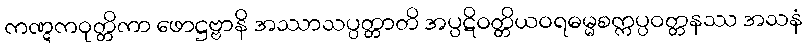
ကဏ္ဋကဝုတ္တိကာ ဖောဋ္ဌဗ္ဗာနိ အဿာသပ္ပတ္တာတိ အပ္ပဋိဝတ္တိယဝရဓမ္မစက္ကပ္ပဝတ္တနဿ အသနံ